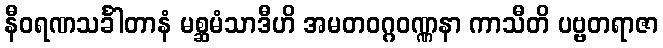
နီဝရဏသင်္ခါတာနံ မစ္ဆမံသာဒီဟိ အမတဝဂ္ဂဝဏ္ဏနာ ကာသီတိ ပဗ္ဗတရာဇာ